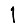
Digit: 1